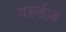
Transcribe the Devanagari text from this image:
वर्ल्डज़